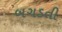
બગડતી